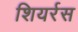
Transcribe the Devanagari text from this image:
शियर्रस